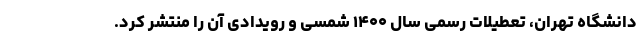
دانشگاه تهران، تعطیلات رسمی سال ۱۴۰۰ شمسی و رویدادی آن را منتشر کرد.